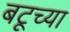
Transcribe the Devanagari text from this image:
बटूच्या